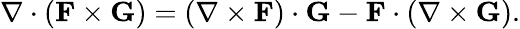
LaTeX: \nabla\cdot(\mathbf{F}\times\mathbf{G})=(\nabla\times\mathbf{F})\cdot\mathbf{G}-\mathbf{F}\cdot(\nabla\times\mathbf{G}).